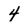
Character: 4